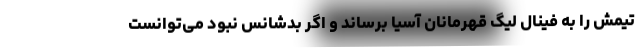
تیمش را به فینال لیگ قهرمانان آسیا برساند و اگر بدشانس نبود می‌توانست